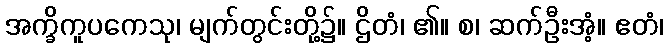
အက္ခိကူပကေသု၊ မျက်တွင်းတို့၌။ ဌိတံ၊ ၏။ စ၊ ဆက်ဦးအံ့။ ဧတံ၊